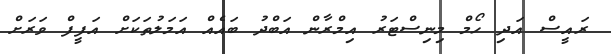
ރައީސް އަދި ހޯމް މިނިސްޓަރު އިމްރާން އަބްދު ބައެއް އަމަލުތަކަށް އަފީފް ވަރަށް